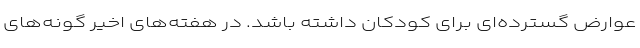
عوارض گسترده‌ای برای کودکان داشته باشد. در هفته‌های اخیر گونه‌های